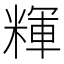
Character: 𰫃